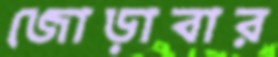
জোড়াবার